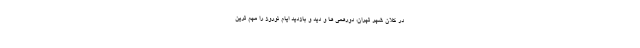
در کلان شهر تهران، دورهمی ها و دید و بازدید ایام نوروز را مهم ترین